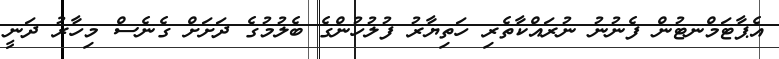
އެޕާޓަމްނޓުން ފެނުނު ނުރައްކާތެރި ހަތިޔާރު ފުލުހުންގެ ބެލުމުގެ ދަށަށް ގެނެސް މިހާރު ދަނީ